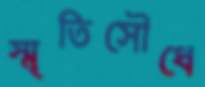
স্মৃতিসৌধে